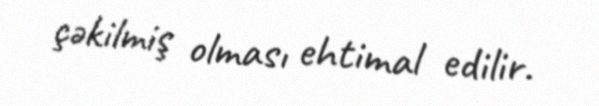
çəkilmiş olması ehtimal edilir.